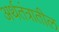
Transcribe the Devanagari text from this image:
अर्थतंत्रातील